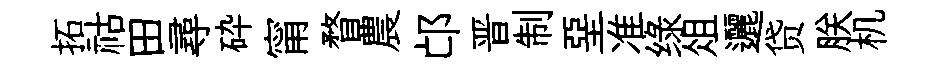
拓祜田尋砕甯瞀農邙晋制堊准绿俎邐贷朕机